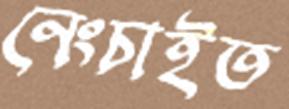
নেংচাইত